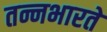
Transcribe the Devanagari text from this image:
तन्नभारते